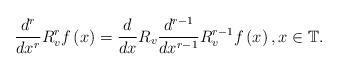
LaTeX: \begin{align*}\frac{d^{r}}{dx^{r}}R_{v}^{r}f\left( x\right) =\frac{d}{dx}R_{v}\frac{d^{r-1}}{dx^{r-1}}R_{v}^{r-1}f\left( x\right) ,x\in \mathbb{T}. \end{align*}